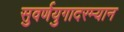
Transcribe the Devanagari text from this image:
सुवर्णयुगादरम्यान